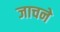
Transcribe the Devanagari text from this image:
जाचने